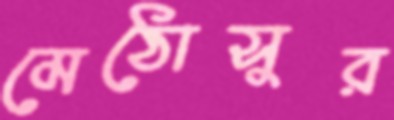
মেঠোসুর